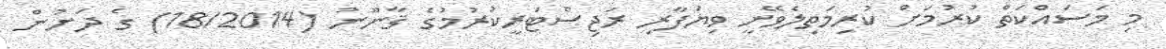
މި މަސައްކަތް ކުރުމަށް ކުރިމަތިލެވޭނީ ވިޔަފާރި ރަޖިސްޓަރީކުރުމުގެ ޤާނޫނު (18/2014) ގެ ދަށުން